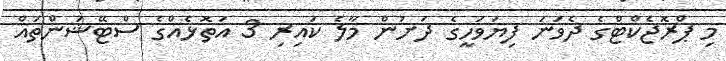
މި ޕްރޮޖެކްޓްގެ ދެވަނަ ފިޔަވަހީގެ ދަށުން މާލެ ކައިރި 3 އަތޮޅެއްގެ ސްޓޭޝަންތައް